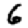
Digit: 6